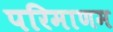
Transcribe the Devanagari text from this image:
परिमाणम